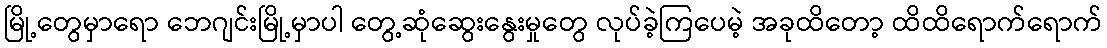
မြို့တွေမှာရော ဘေဂျင်းမြို့မှာပါ တွေ့ဆုံဆွေးနွေးမှုတွေ လုပ်ခဲ့ကြပေမဲ့ အခုထိတော့ ထိထိရောက်ရောက်